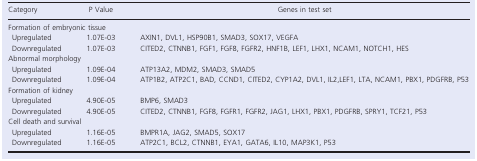
| Category | P Value | Genes in test set |
 | --- | --- | --- |
 | <COLSPAN=3> Formation of embryonic tissue |
 | Upregulated | 1.07E‐03 | AXIN1, DVL1, HSP90B1, SMAD3, SOX17, VEGFA |
 | Downregulated | 1.07E‐03 | CITED2, CTNNB1, FGF1, FGF8, FGFR2, HNF1B, LEF1, LHX1, NCAM1, NOTCH1, HES |
 | <COLSPAN=3> Abnormal morphology |
 | Upregulated | 1.09E‐04 | ATP13A2, MDM2, SMAD3, SMAD5 |
 | Downregulated | 1.09E‐04 | ATP1B2, ATP2C1, BAD, CCND1, CITED2, CYP1A2, DVL1, IL2,LEF1, LTA, NCAM1, PBX1, PDGFRB, P53 |
 | <COLSPAN=3> Formation of kidney |
 | Upregulated | 4.90E‐05 | BMP6, SMAD3 |
 | Downregulated | 4.90E‐05 | CITED2, CTNNB1, FGF8, FGFR1, FGFR2, JAG1, LHX1, PBX1, PDGFRB, SPRY1, TCF21, P53 |
 | <COLSPAN=3> Cell death and survival |
 | Upregulated | 1.16E‐05 | BMPR1A, JAG2, SMAD5, SOX17 |
 | Downregulated | 1.16E‐05 | ATP2C1, BCL2, CTNNB1, EYA1, GATA6, IL10, MAP3K1, P53 |